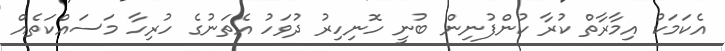
އެކަމަކު އިމާރާތް ކުރާ ކުންފުނިން ބުނީ ހޮނިހިރު ދުވަހު އެތަނުގެ ހުރިހާ މަސައްކަތެއް